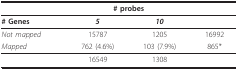
<table><thead><tr><td></td><td colspan="2"><b># probes</b></td><td></td></tr></thead><tbody><tr><td><b># Genes</b></td><td><b><i>5</i></b></td><td><b><i>10</i></b></td><td></td></tr><tr><td><i>Not mapped</i></td><td>15787</td><td>1205</td><td>16992</td></tr><tr><td><i>Mapped</i></td><td>762 (4.6%)</td><td>103 (7.9%)</td><td>865*</td></tr><tr><td></td><td>16549</td><td>1308</td><td></td></tr></tbody></table>